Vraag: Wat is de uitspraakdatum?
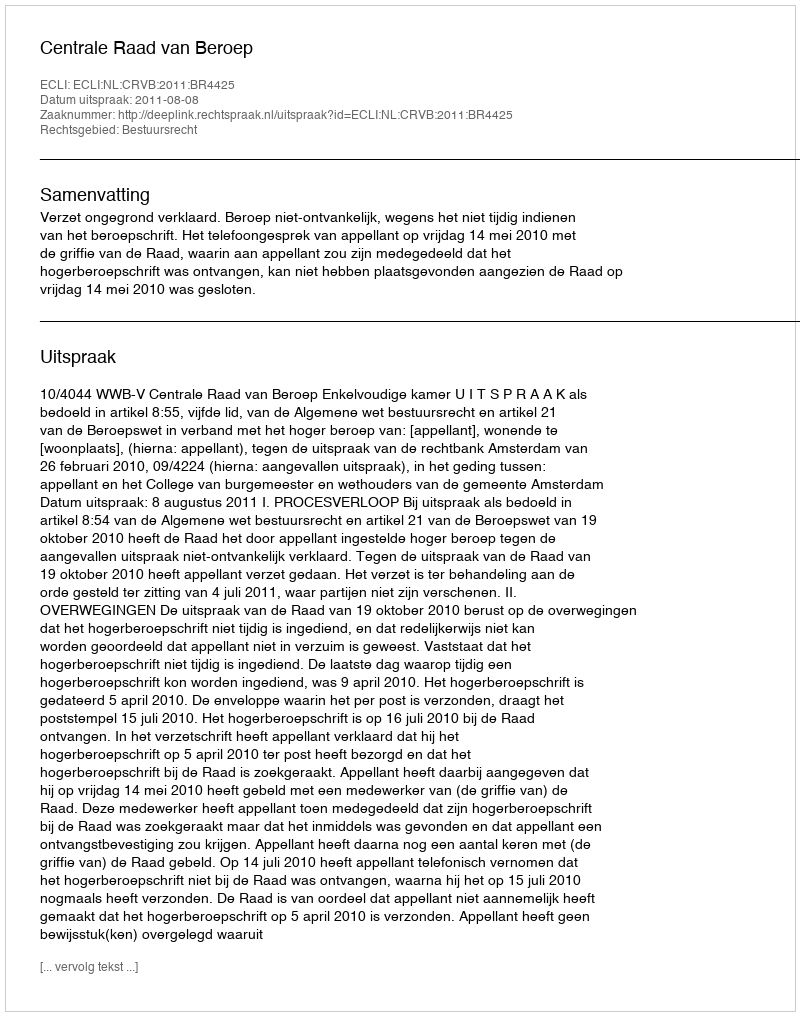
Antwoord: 2011-08-08